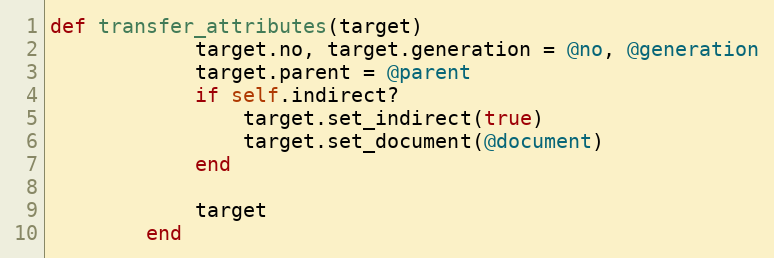
Language: Ruby
def transfer_attributes(target)
            target.no, target.generation = @no, @generation
            target.parent = @parent
            if self.indirect?
                target.set_indirect(true)
                target.set_document(@document)
            end

            target
        end